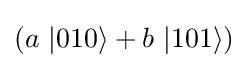
(a\ |010\rangle +b\ |101\rangle )